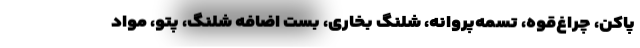
پاکن، چراغ‌قوه، تسمه‌پروانه، شلنگ بخاری، بست اضافه شلنگ، پتو، مواد